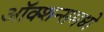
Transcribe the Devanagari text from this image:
ऑक्शन्समध्ये